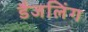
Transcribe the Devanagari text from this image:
डैजलिंग